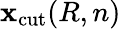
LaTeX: \mathbf{x}_{\mathrm{{cut}}}(R,n)